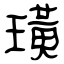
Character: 璜